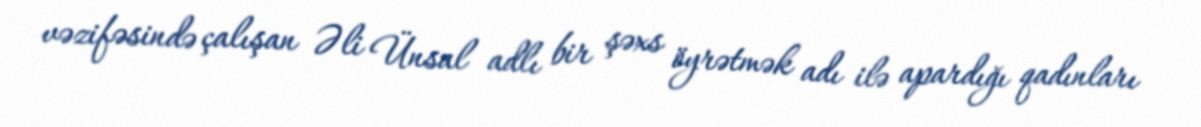
vəzifəsində çalışan Əli Ünsal adlı bir şəxs öyrətmək adı ilə apardığı qadınları